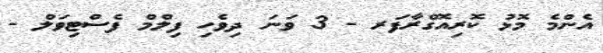
އެންމެ މޮޅު ކޮރިއޮގްރާފަރ - 3 ވަނަ ދިވެހި ފިލްމް ފެސްޓިވަލް -